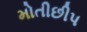
મોતીછીપ